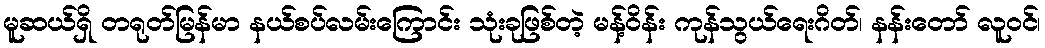
မူဆယ်ရှိ တရုတ်မြန်မာ နယ်စပ်လမ်းကြောင်း သုံးခုဖြစ်တဲ့ မန့်ဝိန်း ကုန်သွယ်ရေးဂိတ်၊ နန်းတော် လူဝင်၊